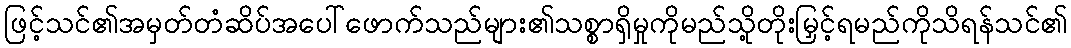
ဖြင့်သင်၏အမှတ်တံဆိပ်အပေါ်ဖောက်သည်များ၏သစ္စာရှိမှုကိုမည်သို့တိုးမြှင့်ရမည်ကိုသိရန်သင်၏